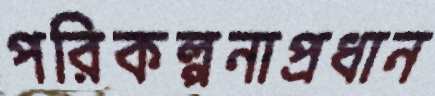
পরিকল্পনাপ্রধান